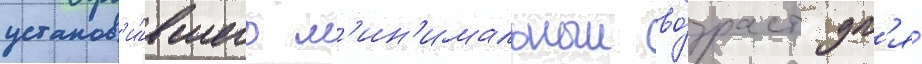
установ'и́вшего м'ин'имальныи во́зраст дл'я́